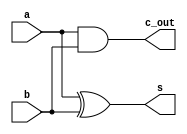
`timescale 1ns / 1ps
//////////////////////////////////////////////////////////////////////////////////
// Company: 
// Engineer: 
// 
// Design Name: 
// Module Name:    ha 
// Project Name: 
// Target Devices: 
// Tool versions: 
// Description: 
//
// Dependencies: 
//
// Revision: 
// Revision 0.01 - File Created
// Additional Comments: 
//
//////////////////////////////////////////////////////////////////////////////////
module ha(
    input a,
    input b,
    output s,
    output c_out
    );
xor x3(s,a,b);
and a3(c_out,a,b);
endmodule